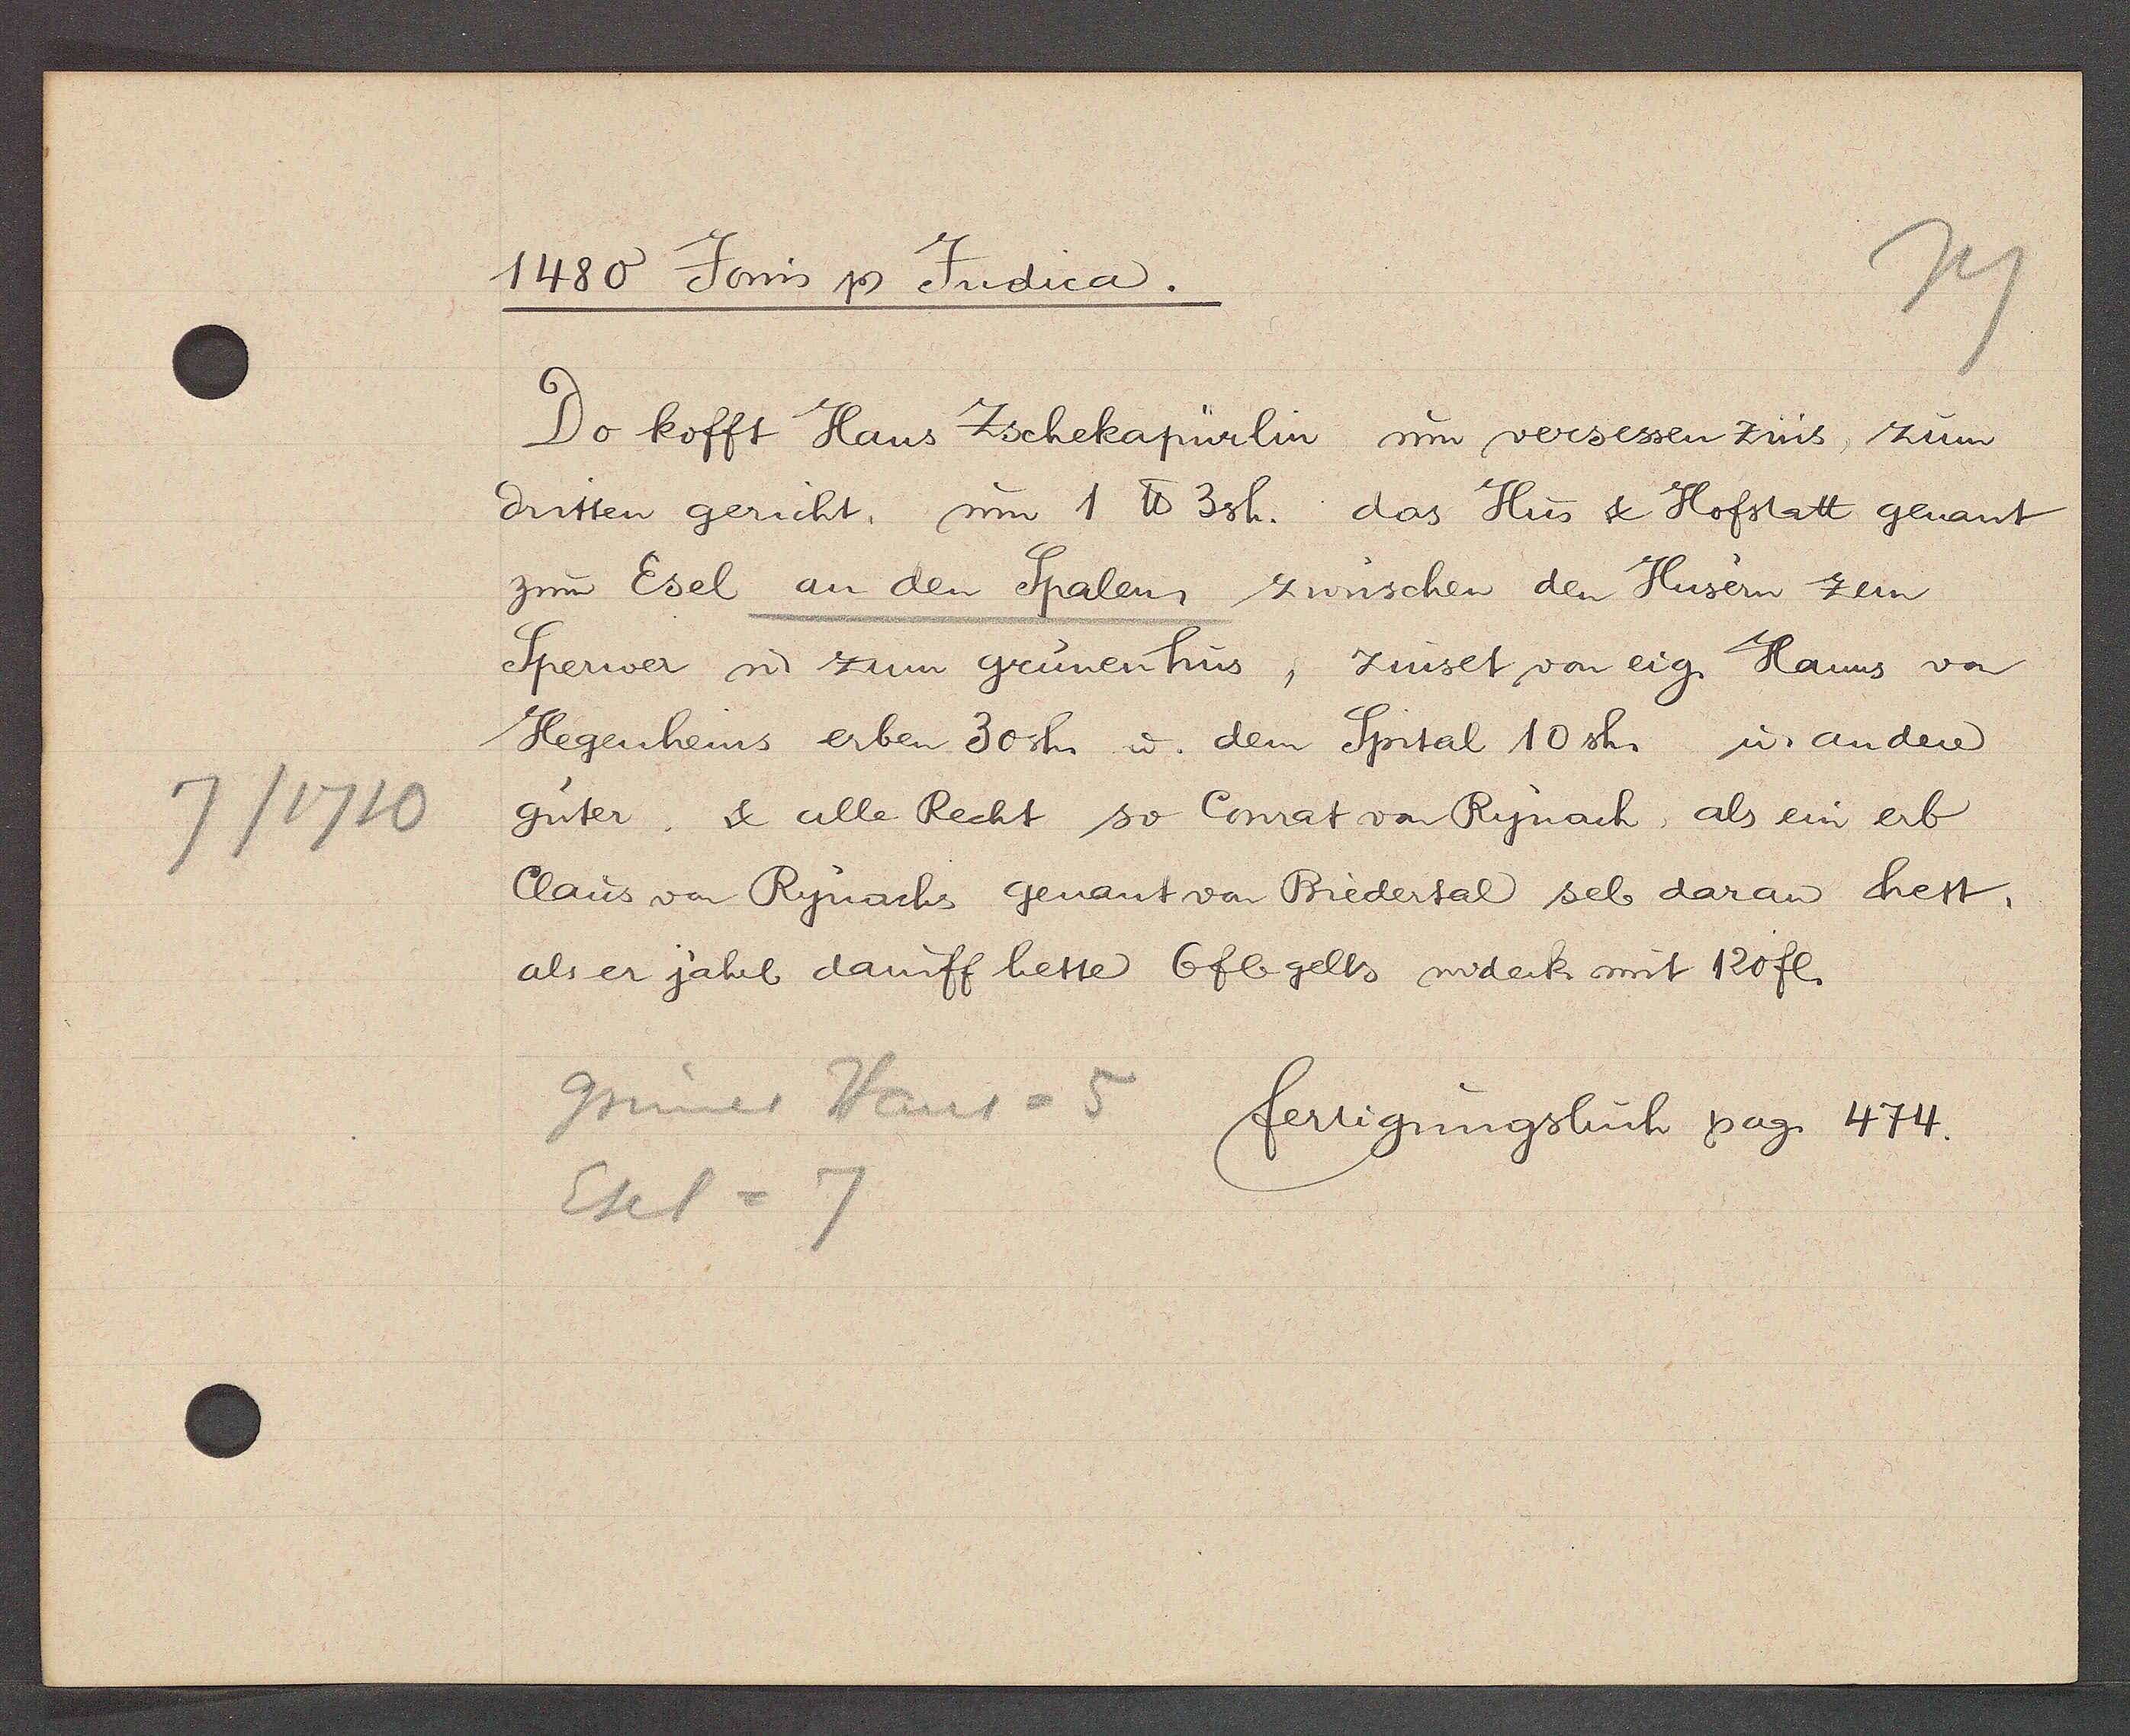
Transcript:
7/1710

1480 Jowis Ƿ Judica.

Do kofft Hans Zschekapürlin um versessen zins, zum
dritten gericht, um 1 ℔ 3sh. das Hus & Hofstatt genant
zum Esel an den Spalen, zwüschen den Hüsern zem
Sperwer u. zum grünenhus, zinset von eig. Hanns von
Hegenheins erben 30sh. u. dem Spital 10 sh. u. andere
güter. & alle Recht so Conrat von Rynach, als ein erb
Claus von Rynachs genant von Biedertal sel daran hett,
als er jährl daruff hette 6 fl gelts widerk mit 120 fl.

Grünes Haus = 5
Esel = 7

fertigungsbuch pag. 474.